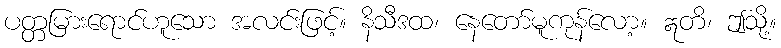
ပတ္တမြားရောင်ဟူသော အလင်းဖြင့်။ နိသီဒထ၊ နေတော်မူကုန်လော့။ ဣတိ၊ ဤသို့။